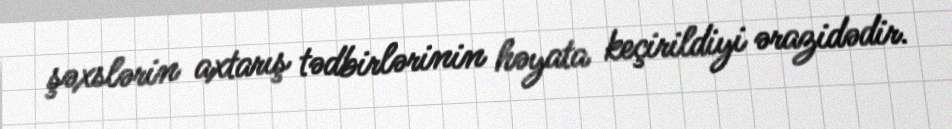
şəxslərin axtarış tədbirlərinin həyata keçirildiyi ərazidədir.